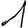
Digit: 1